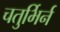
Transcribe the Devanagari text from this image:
चतुर्भिर्न